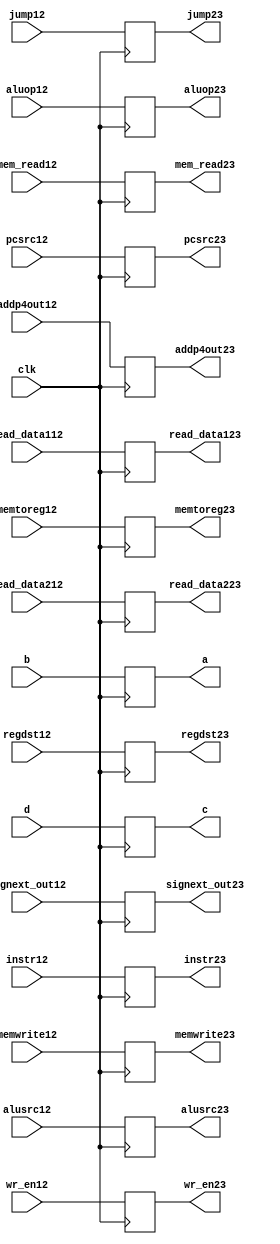
module dflipflop23( addp4out23, read_data123, read_data223, signext_out23, instr23, a, c,

                   wr_en23, regdst23, pcsrc23, memtoreg23, mem_read23, memwrite23, alusrc23, aluop23, jump23,
                   
                   addp4out12, read_data112, read_data212, signext_out12, instr12, b, d,
                   
                   wr_en12, regdst12, pcsrc12, memtoreg12, mem_read12, memwrite12, alusrc12, aluop12, jump12,
                  
                   clk);

output reg [31:0]addp4out23,read_data123,read_data223,signext_out23;
output reg [31:0]instr23,a,c;
output reg[1:0]aluop23;
output reg wr_en23,regdst23,pcsrc23,memtoreg23,mem_read23,memwrite23,alusrc23,jump23;

input [31:0]addp4out12,read_data112,read_data212,signext_out12;
input [31:0]instr12,b,d;
input [1:0]aluop12;
input wr_en12,regdst12,pcsrc12,memtoreg12,mem_read12,memwrite12,alusrc12,jump12;
input clk;

always@(posedge clk)

begin
addp4out23<=addp4out12;
read_data123<=read_data112;
read_data223<=read_data212;
signext_out23<=signext_out12;
instr23<=instr12;
a<=b;
c<=d;
wr_en23<=wr_en12;
regdst23<=regdst12;
pcsrc23<=pcsrc12;
memtoreg23<=memtoreg12;
mem_read23<=mem_read12;
memwrite23<=memwrite12;
alusrc23<=alusrc12;
jump23<=jump12;
aluop23<=aluop12;
end
endmodule